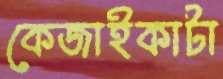
কেজাইকাটা